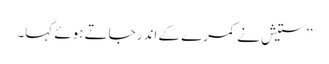
’’ستیش نے کمرے کے اندر جاتے ہوئے کہا۔